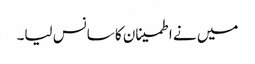
میں نے اطمینان کا سانس لیا۔